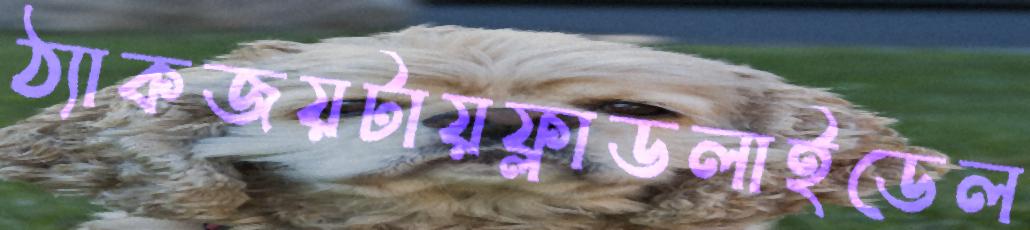
ঠ্যাকজয়টায়ফ্লাডলাইডেল